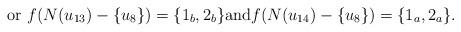
LaTeX: \begin{align*}\mbox{ or } f(N(u_{13})-\{u_8\})=\{1_b,2_b\} \mbox{and} f(N(u_{14})-\{u_8\})=\{1_a,2_a\}.\end{align*}